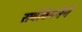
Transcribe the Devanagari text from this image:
सर्वविघ्नैर्न